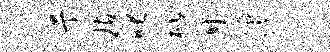
亍玷叱枇廿滹